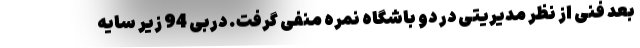
بعد فنی از نظر مدیریتی در دو باشگاه نمره منفی گرفت. دربی 94 زیر سایه